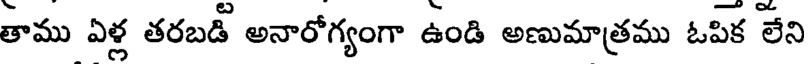
తాము ఏళ్ల తరబడీ అనారోగ్యంగా ఉండి అణుమాత్రము ఓపిక లేని